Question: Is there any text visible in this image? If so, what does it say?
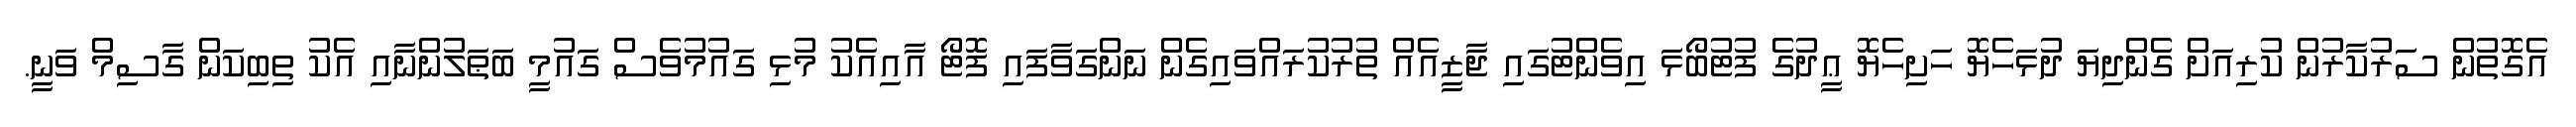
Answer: އެގޮތުން ސަރުކާރުން ކުރިއަށް ގެންދިޔަ ދުޅަހެޔޮ ހަށިހެޔޮ ޢީދުގެ ފުޓުބޯޅަ އިވެންޓުގައި ޖާޒީއެއް ތުރުކުރައްވައިގެން ނަންގަވާފައި ފޮޓޯ އާއިއެކު މުޅި ގައުމުވެސް ގައުމީ ބަޠަލުންނާއި އެކު ތިބިކަން ގާސިމް ވަނީ.